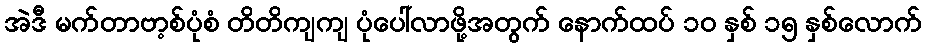
အဲဒီ မက်တာဗာ့စ်ပုံစံ တိတိကျကျ ပုံပေါ်လာဖို့အတွက် နောက်ထပ် ၁၀ နှစ် ၁၅ နှစ်လောက်